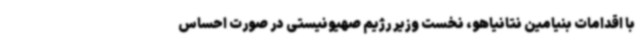
با اقدامات بنیامین نتانیاهو، نخست وزیر رژیم صهیونیستی در صورت احساس